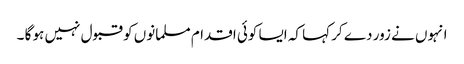
انہوں نے زور دے کر کہا کہ ایسا کوئی اقدام مسلمانوں کو قبول نہیں ہو گا ۔